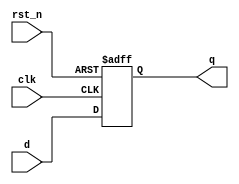
module d_flip_flop (
    input wire clk,        // Clock input
    input wire rst_n,     // Active low reset
    input wire d,         // Data input
    output reg q          // Data output
);

// Behavioral modeling using non-blocking assignments
always @(posedge clk or negedge rst_n) begin
    if (!rst_n) begin
        q <= 1'b0;        // Asynchronous reset
    end else begin
        q <= d;           // Capture data on clock edge
    end
end

endmodule